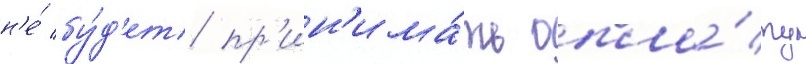
н'е́ бу́д'ет пр'ин'има́ть опла́ту